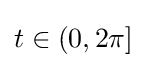
t\in (0,2\pi ]